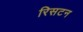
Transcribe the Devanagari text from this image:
रिसटन